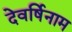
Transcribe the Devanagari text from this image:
देवर्षिनाम